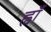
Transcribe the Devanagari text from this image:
ह्वाँ